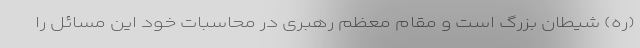
(ره) شیطان بزرگ است و مقام‌ معظم رهبری در محاسبات خود این مسائل را